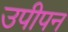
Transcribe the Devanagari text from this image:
उपीपन